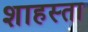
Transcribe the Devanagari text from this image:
शाहस्ता